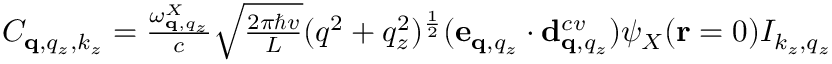
\begin{array} { r } { C _ { \mathbf q , q _ { z } , k _ { z } } = \frac { \omega _ { \mathbf q , q _ { z } } ^ { X } } { c } \sqrt { \frac { 2 \pi \hbar v } { L } } ( q ^ { 2 } + q _ { z } ^ { 2 } ) ^ { \frac { 1 } { 2 } } ( \mathbf e _ { \mathbf q , q _ { z } } \cdot \mathbf d _ { \mathbf q , q _ { z } } ^ { c v } ) \psi _ { X } ( \mathbf r = 0 ) I _ { k _ { z } , q _ { z } } } \end{array}